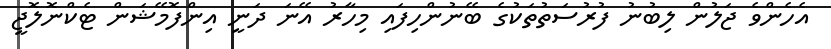
އެހެންވެ ޖަލުން ލިބުނު ފުރުސަތުތަކުގެ ބޭނުންހިފައި މިހާރު އޭނަ ދަނީ އިންފޮމޭޝަން ޓެކްނޮލޮޖީ